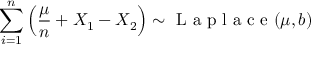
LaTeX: \sum _ { i = 1 } ^ { n } \left( { \frac { \mu } { n } } + X _ { 1 } - X _ { 2 } \right) \sim { \textrm { L a p l a c e } } ( \mu , b )